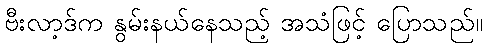
ဗီးလာ့ဒ်က နွမ်းနယ်နေသည့် အသံဖြင့် ပြောသည်။